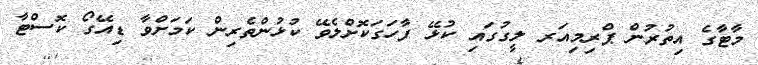
މާޓާގެ އިތުރުން ޕްރިމިއަރ ލީގުގައި ކުޅޭ ފާހަގަކޮށްލެވޭ ކުޅުންތެރިން ކަމަށްވާ ޑިއޭގޯ ކޮސްޓާ